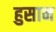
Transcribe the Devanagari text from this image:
हुसान